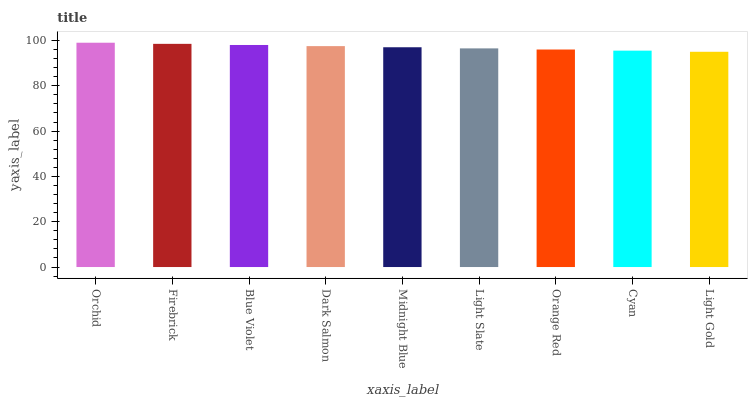
| xaxis_label | bars |
 | --- | --- |
 | Orchid | 99 |
 | Firebrick | 98.5 |
 | Blue Violet | 98 |
 | Dark Salmon | 97.5 |
 | Midnight Blue | 97 |
 | Light Slate | 96.5 |
 | Orange Red | 96 |
 | Cyan | 95.5 |
 | Light Gold | 95 |